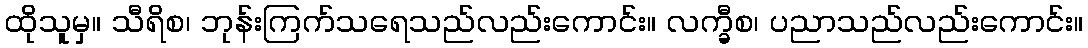
ထိုသူမှ။ သီရိစ၊ ဘုန်းကြက်သရေသည်လည်းကောင်း။ လက္ခီစ၊ ပညာသည်လည်းကောင်း။